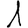
Digit: 1